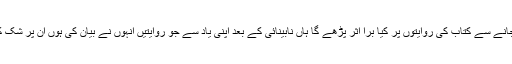
لہذا نابینائی کے بعد حافظہ خراب ہو جانے سے کتاب کی روایتوں پر کیا برا اثر پڑھے گا ہاں نابینائی کے بعد اپنی یاد سے جو روایتیں انہوں نے بیان کی ہوں ان پر شک کا اظہار کیجئے تو معقول بھی ہے ‘‘ ۔